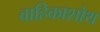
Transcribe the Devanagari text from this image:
वाहिकाशोथ